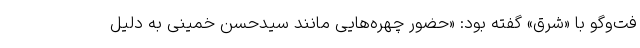
فت‌وگو با «شرق» گفته بود: «حضور چهره‌هایی مانند سیدحسن خمینی به دلیل